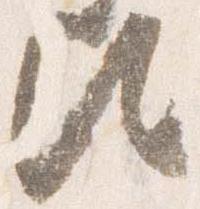
歟